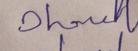
Signature authenticity: genuine